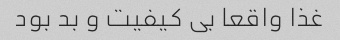
غذا واقعا بی کیفیت و بد بود